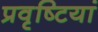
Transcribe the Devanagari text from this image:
प्रवृष्‍टियां